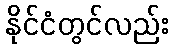
နိုင်ငံတွင်လည်း